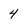
Character: 4